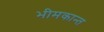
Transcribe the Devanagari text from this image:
भीमकान्त